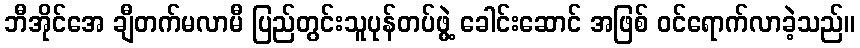
ဘီအိုင်အေ ချီတက်မလာမီ ပြည်တွင်းသူပုန်တပ်ဖွဲ့ ခေါင်းဆောင် အဖြစ် ဝင်ရောက်လာခဲ့သည်။